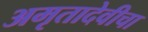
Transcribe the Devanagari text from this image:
अमृतादेवीचा